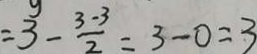
3 - \frac { 3 - 3 } { 2 } = 3 - 0 = 3